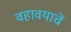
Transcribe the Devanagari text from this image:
वहावयाचें